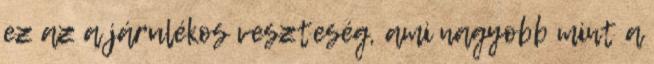
ez az a járulékos veszteség, ami nagyobb mint a